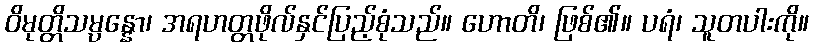
ဝိမုတ္တိသမ္ပန္နော၊ အရဟတ္တဖိုလ်နှင်ပြည့်စုံသည်။ ဟောတိ၊ ဖြစ်၏။ ပရံ၊ သူတပါးကို။